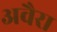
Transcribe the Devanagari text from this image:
अवैरा